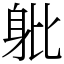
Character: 𨈚